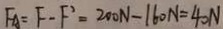
F _ { A } = F - F ^ { \prime } = 2 0 0 N - 1 6 0 N = 4 0 N